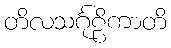
တိလသင်္ဂုဠိကာတိ